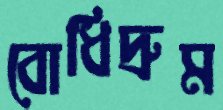
বোধিদ্রুম